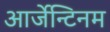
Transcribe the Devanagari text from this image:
आर्जेन्टिनम